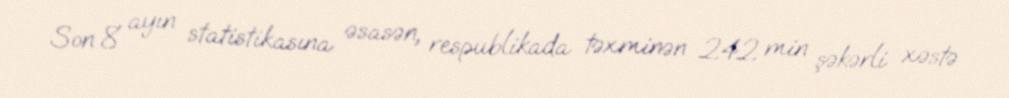
Son 8 ayın statistikasına əsasən, respublikada təxminən 242 min şəkərli xəstə